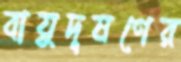
বায়ুদূষণের